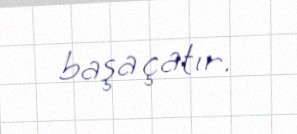
başa çatır.